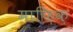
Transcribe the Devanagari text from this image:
माफ़िक़